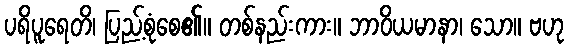
ပရိပူရေတိ၊ ပြည့်စုံစေ၏။ တစ်နည်းကား။ ဘာဝိယမာနာ၊ သော။ ဗဟု